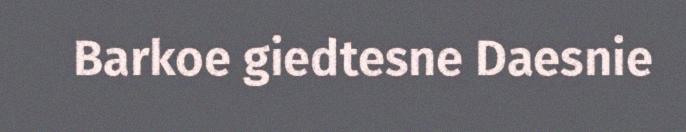
Barkoe giedtesne Daesnie